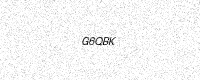
Text: G6QBK